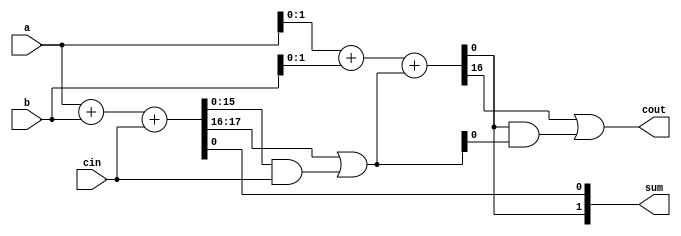
module carry_skip_adder (
    input wire [15:0] a,
    input wire [15:0] b,
    input wire cin,
    output wire [15:0] sum,
    output wire cout
);

// Define internal signals
wire [15:0] g0, p0, g1, p1, c0, c1;

// First stage ripple-carry adder
assign {g0, p0} = a + b + cin;
assign sum[0] = p0;
assign c0 = g0 | (p0 & cin);

// Second stage carry-skip adder
assign {g1, p1} = a[1:0] + b[1:0] + c0;
assign sum[1] = p1;
assign c1 = g1 | (p1 & c0);

// Additional stages can be added as needed

assign cout = c1;

endmodule